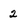
Character: 2